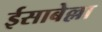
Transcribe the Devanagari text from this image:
ईसाबेल्ला